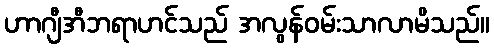
ဟာဂျီအီဘရာဟင်သည် အလွန်ဝမ်းသာလာမိသည်။